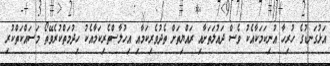
އަޅުގަނޑުގެ ހުރިހާ އުނިކަމަކާއެކު ވެސް ދައުލަތަށާއި ރައްޔިތަށް ތެދުވެރިކަމާއި އިހުލާސްތެރިކަމާއެކު ހިދުމަތްކުރެވޭތޯ މަސައްކަތްކުރި